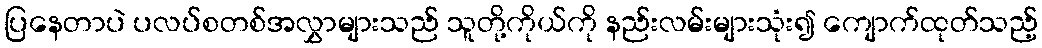
ပြနေတာပဲ ပလပ်စတစ်အလွှာများသည် သူတို့ကိုယ်ကို နည်းလမ်းများသုံး၍ ကျောက်ထုတ်သည့်